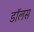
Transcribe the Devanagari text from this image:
डॉलस